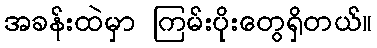
အခန်းထဲမှာ ကြမ်းပိုးတွေရှိတယ်။